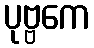
ပုဗ္ဗကေ